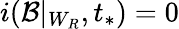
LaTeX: i(\mathcal{B}|_{W_{R}},t_{*})=0